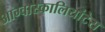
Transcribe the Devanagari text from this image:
आग्वास्कालियांटेस